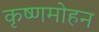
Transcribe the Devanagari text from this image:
कृष्णमोहन